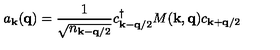
a _ { { \bf { k } } } ( { \bf { q } } ) = \frac { 1 } { \sqrt { n _ { { \bf { k } } - { \bf { q } } / 2 } } } c _ { { \bf { k } } - { \bf { q } } / 2 } ^ { \dagger } M ( { \bf { k } } , { \bf { q } } ) c _ { { \bf { k } } + { \bf { q } } / 2 }